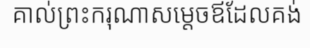
គាល់ព្រះករុណាសម្តេចឪដែលគង់